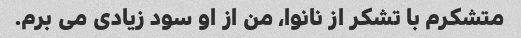
متشکرم با تشکر از نانوا، من از او سود زیادی می برم.